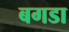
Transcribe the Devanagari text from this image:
बगडा